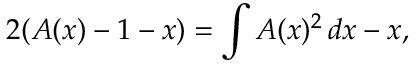
2 ( A ( x ) - 1 - x ) = \int A ( x ) ^ { 2 } \, d x - x ,